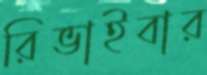
রিভাইবার